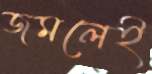
জমলেই